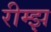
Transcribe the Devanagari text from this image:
रीम्झ